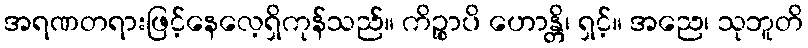
အရဏတရားဖြင့်နေလေ့ရှိကုန်သည်။ ကိဉ္စာပိ ဟောန္တိ၊ ရှင့်။ အညေ၊ သုဘူတိ